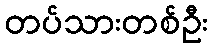
တပ်သားတစ်ဦး